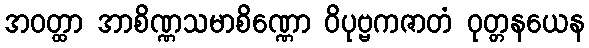
အဝတ္ထာ အာစိဏ္ဏသမာစိဏ္ဏော ဝိပုဗ္ဗကဇာတံ ဝုတ္တနယေန